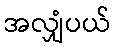
အလျှံပယ်